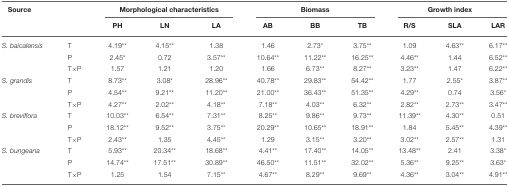
<table><thead><tr><td colspan="2"><b>Source</b></td><td colspan="3"><b>Morphological characteristics</b></td><td colspan="3"><b>Biomass</b></td><td colspan="3"><b>Growth index</b></td></tr><tr><td colspan="2"></td><td><b>PH</b></td><td><b>LN</b></td><td><b>LA</b></td><td><b>AB</b></td><td><b>BB</b></td><td><b>TB</b></td><td><b>R/S</b></td><td><b>SLA</b></td><td><b>LAR</b></td></tr></thead><tbody><tr><td><i>S. baicalensis</i></td><td>T</td><td>4.19<sup>**</sup></td><td>4.15<sup>**</sup></td><td>1.38</td><td>1.46</td><td>2.73<sup>*</sup></td><td>3.75<sup>**</sup></td><td>1.09</td><td>4.63<sup>**</sup></td><td>6.17<sup>**</sup></td></tr><tr><td></td><td>P</td><td>2.45<sup>*</sup></td><td>0.72</td><td>3.57<sup>**</sup></td><td>10.64<sup>**</sup></td><td>11.22<sup>**</sup></td><td>16.25<sup>**</sup></td><td>4.46<sup>**</sup></td><td>1.44</td><td>6.52<sup>**</sup></td></tr><tr><td></td><td>T × P</td><td>1.57</td><td>1.21</td><td>1.20</td><td>1.66</td><td>6.73<sup>**</sup></td><td>8.27<sup>**</sup></td><td>3.23<sup>**</sup></td><td>1.47</td><td>6.22<sup>**</sup></td></tr><tr><td><i>S. grandis</i></td><td>T</td><td>8.73<sup>**</sup></td><td>3.08<sup>*</sup></td><td>28.96<sup>**</sup></td><td>40.78<sup>**</sup></td><td>29.83<sup>**</sup></td><td>54.42<sup>**</sup></td><td>1.77</td><td>2.55<sup>*</sup></td><td>3.87<sup>**</sup></td></tr><tr><td></td><td>P</td><td>4.54<sup>**</sup></td><td>9.21<sup>**</sup></td><td>11.20<sup>**</sup></td><td>21.00<sup>**</sup></td><td>36.43<sup>**</sup></td><td>51.35<sup>**</sup></td><td>4.29<sup>**</sup></td><td>0.74</td><td>3.56<sup>*</sup></td></tr><tr><td></td><td>T × P</td><td>4.27<sup>**</sup></td><td>2.02<sup>**</sup></td><td>4.18<sup>**</sup></td><td>7.18<sup>**</sup></td><td>4.03<sup>**</sup></td><td>6.32<sup>**</sup></td><td>2.82<sup>**</sup></td><td>2.73<sup>**</sup></td><td>3.47<sup>**</sup></td></tr><tr><td><i>S. breviflora</i></td><td>T</td><td>10.03<sup>**</sup></td><td>6.54<sup>**</sup></td><td>7.31<sup>**</sup></td><td>8.25<sup>**</sup></td><td>9.86<sup>**</sup></td><td>9.73<sup>**</sup></td><td>11.39<sup>**</sup></td><td>4.30<sup>**</sup></td><td>0.51</td></tr><tr><td></td><td>P</td><td>18.12<sup>**</sup></td><td>9.52<sup>**</sup></td><td>3.75<sup>**</sup></td><td>20.29<sup>**</sup></td><td>10.65<sup>**</sup></td><td>18.91<sup>**</sup></td><td>1.84</td><td>5.45<sup>**</sup></td><td>4.39<sup>**</sup></td></tr><tr><td></td><td>T × P</td><td>2.43<sup>**</sup></td><td>1.35</td><td>4.45<sup>**</sup></td><td>1.29</td><td>3.15<sup>**</sup></td><td>3.20<sup>**</sup></td><td>3.02<sup>**</sup></td><td>2.57<sup>**</sup></td><td>1.31</td></tr><tr><td><i>S. bungeana</i></td><td>T</td><td>5.93<sup>**</sup></td><td>20.34<sup>**</sup></td><td>18.68<sup>**</sup></td><td>4.41<sup>**</sup></td><td>17.40<sup>**</sup></td><td>14.05<sup>**</sup></td><td>13.48<sup>**</sup></td><td>2.41</td><td>3.38<sup>*</sup></td></tr><tr><td></td><td>P</td><td>14.74<sup>**</sup></td><td>17.51<sup>**</sup></td><td>30.89<sup>**</sup></td><td>46.50<sup>**</sup></td><td>11.51<sup>**</sup></td><td>32.02<sup>**</sup></td><td>5.36<sup>**</sup></td><td>9.25<sup>**</sup></td><td>3.63<sup>*</sup></td></tr><tr><td></td><td>T × P</td><td>1.25</td><td>1.54</td><td>7.15<sup>**</sup></td><td>4.67<sup>**</sup></td><td>8.29<sup>**</sup></td><td>9.69<sup>**</sup></td><td>4.36<sup>**</sup></td><td>3.04<sup>**</sup></td><td>4.91<sup>**</sup></td></tr></tbody></table>